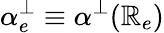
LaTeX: \alpha_{e}^{\perp}\equiv\alpha^{\perp}(\mathbb{R}_{e})